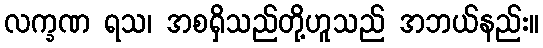
လက္ခဏ ရသ၊ အစရှိသည်တို့ဟူသည် အဘယ်နည်း။